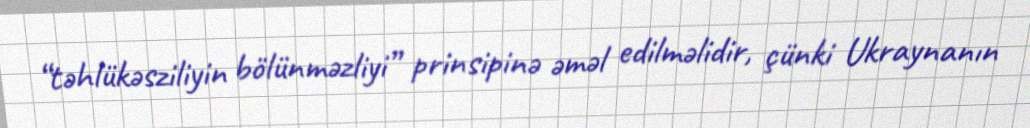
“təhlükəsziliyin bölünməzliyi” prinsipinə əməl edilməlidir, çünki Ukraynanın